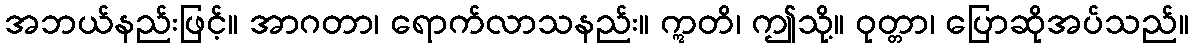
အဘယ်နည်းဖြင့်။ အာဂတာ၊ ရောက်လာသနည်း။ ဣတိ၊ ဤသို့။ ဝုတ္တာ၊ ပြောဆိုအပ်သည်။